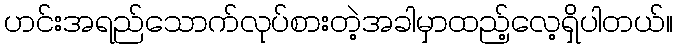
ဟင်းအရည်သောက်လုပ်စားတဲ့အခါမှာထည့်လေ့ရှိပါတယ်။